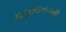
મહામાનવની